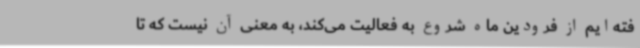
فته‌ایم از فرودین ماه شروع به فعالیت می‌کند، به معنی آن نیست که تا